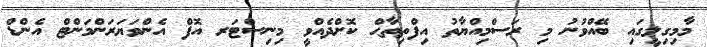
މާމިގިލީގައި ބޭއްވުނު މި ރަސްމިއްޔާތު އިފްތިތާޙް ކޮށްދެއްވީ މިނިސްޓަރ އޮފް އެންވަޔަރަންމަންޓް އެންޑް